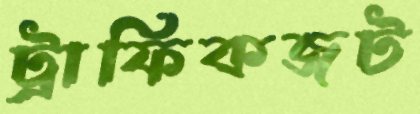
ট্রাফিকজট